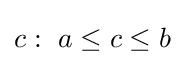
c:~a\leq c\leq b